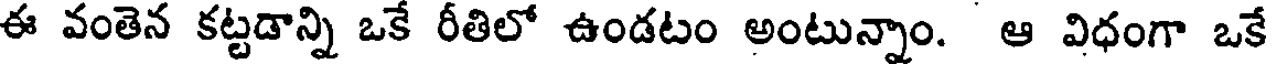
ఈ వంతెన కట్టడాన్ని ఒకే రీతిలో ఉండటం అంటున్నాం. ఆ విధంగా ఒకే